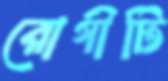
রোগীটি